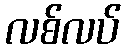
လစ်လပ်